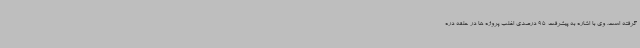
گرفته است. وی با اشاره به پیشرفت 95 درصدی اغلب پروژه ها در حلقه دره